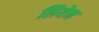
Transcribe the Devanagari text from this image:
लियेन